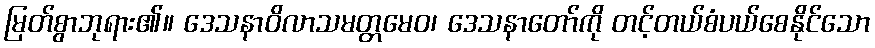
မြတ်စွာဘုရား၏။ ဒေသနာဝိလာသမတ္တမေဝ၊ ဒေသနာတော်ကို တင့်တယ်စံပယ်စေနိုင်သော